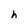
Character: h